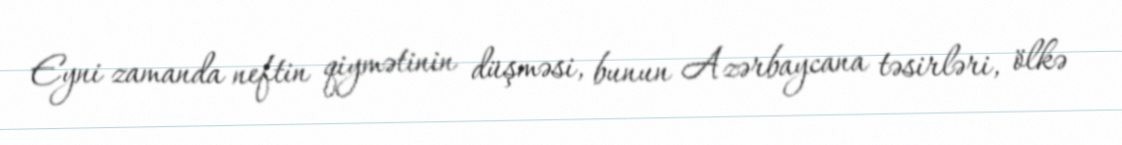
Eyni zamanda neftin qiymətinin düşməsi, bunun Azərbaycana təsirləri, ölkə